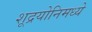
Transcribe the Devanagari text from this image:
शूद्रयोनिमध्ये